system: You are a helpful assistant.
user:
Analyze the provided spectrum to determine if it is a **S-type Star**.

- **Key Indicators for S-type Star:**

    - **(Overall Spectrum Shape):** The first and most obvious characteristic is the overall continuum (the "baseline" shape). It is **extremely "red-sloping,"** meaning the flux (light intensity) is very low on the left side (blue, ~4000-4500 Å) and rises steeply and continuously toward the right side (red, ~7000 Å+).

    - **(Primary):** The spectrum is defined by the presence of strong, broad molecular absorption "valleys" (bands) from **Zirconium Oxide (ZrO)**. The identification of these bands is the **primary requirement** for classifying a star as S-type.
        - **(Key Bandheads):** You must find distinct, deep "dips" where the light has been absorbed. The most critical band systems to locate are:
            - **~6474 Å** ($\gamma$-system): This is often the strongest and clearest ZrO feature, found in the red part of the spectrum.
            - **~5718 Å** & **~5551 Å** ($\beta$-system): A pair of prominent absorption features in the yellow-orange part of the spectrum.
            - **~4640 Å** ($\alpha$-system): A key absorption band system in the blue-green region of the spectrum.

    - **(Secondary Confirmation):** The classification is strengthened by finding additional absorption bands from other related heavy element oxides, which are expected to be present alongside ZrO.
        - **(Key Bandheads):**
            - **Yttrium Oxide (YO):** Look for absorption dips near **~4800 Å** and **~6100 Å**.
            - **Lanthanum Oxide (LaO):** Additional absorption features, particularly in the red-orange part of the spectrum, are also characteristic.

    - **(Line Profile):** The combination of the steep red continuum and these numerous, deep molecular bands (ZrO, YO, etc.) gives the entire spectrum a very **"chopped-up"** or **"bumpy"** appearance. Instead of a smooth curve, the spectrum looks as though large, wide chunks of light have been "carved out" of it at the specific wavelengths listed above.

Think first, call **spectral_visualization_tool** if needed to examine features in detail, then provide your final answer. Your response must adhere to the following strict rules:
1.  **Overall Structure:** Your response must follow the format `<think>...</think> <tool_call>...</tool_call> (if a tool is used) <answer>...</answer>`.
2.  **Tool Usage Constraint:** You may only make **one** tool call per turn.
3.  **Final Answer Format:** In the `<answer>` tag, your conclusion must be inside a `\boxed{}` command (e.g., `\boxed{YES}` or `\boxed{NO}`), followed by your justification.

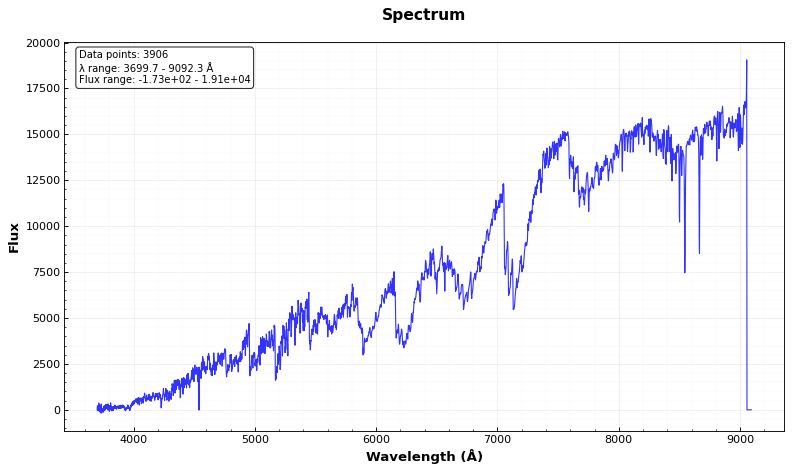
Answer: YES